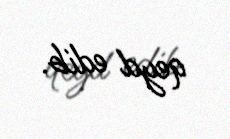
qeyd edib.